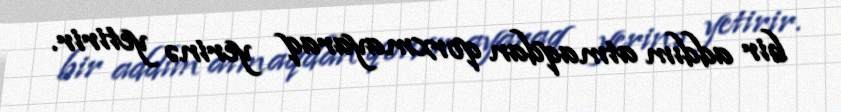
bir addım atmaqdan qorxmayaraq yerinə yetirir.